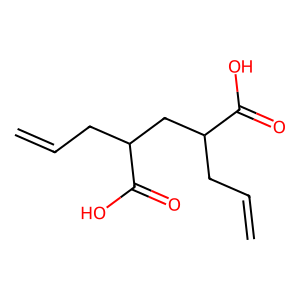
SMILES: C=CCC(CC(CC=C)C(=O)O)C(=O)O
Inhibits HIV replication: No